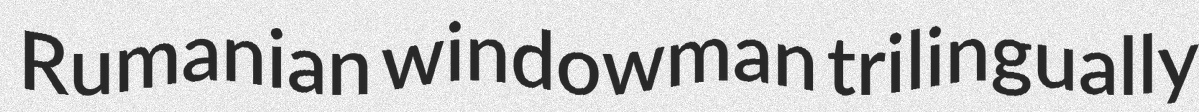
Rumanian windowman trilingually